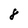
Character: 8